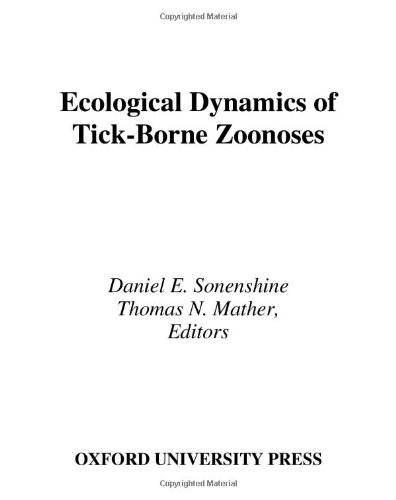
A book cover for Ecological Dynamics of Tick-Borne Zoonoses; Daniel E. Sonenshine; Medical Books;